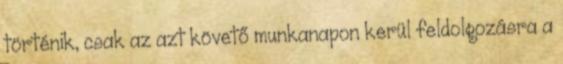
történik, csak az azt követő munkanapon kerül feldolgozásra a